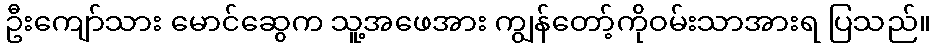
ဦးကျော်သား မောင်ဆွေက သူ့အဖေအား ကျွန်တော့်ကိုဝမ်းသာအားရ ပြသည်။